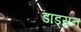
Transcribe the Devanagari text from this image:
डाड्सन